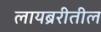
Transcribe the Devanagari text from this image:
लायब्ररीतील